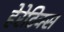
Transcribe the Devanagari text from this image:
हेरेटिक्स